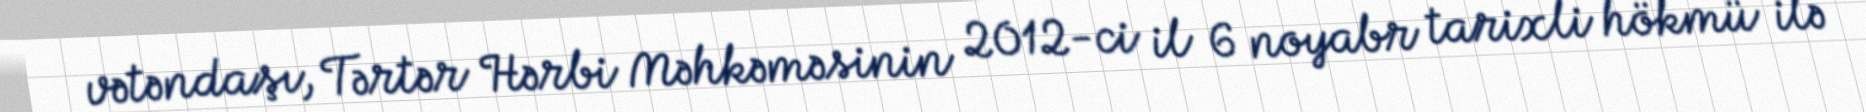
vətəndaşı, Tərtər Hərbi Məhkəməsinin 2012-ci il 6 noyabr tarixli hökmü ilə